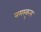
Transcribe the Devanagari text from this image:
नमस्कृत्य